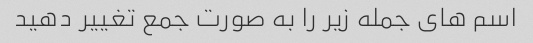
اسم های جمله زیر را به صورت جمع تغییر دهید